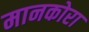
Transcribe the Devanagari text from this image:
मानकोरा